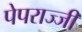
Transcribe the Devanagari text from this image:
पेपराज्जी